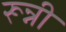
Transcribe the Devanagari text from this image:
रून्नी